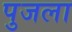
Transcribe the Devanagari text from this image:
पुजला